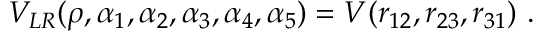
V _ { L R } ( \rho , \alpha _ { 1 } , \alpha _ { 2 } , \alpha _ { 3 } , \alpha _ { 4 } , \alpha _ { 5 } ) = V ( r _ { 1 2 } , r _ { 2 3 } , r _ { 3 1 } ) ~ .